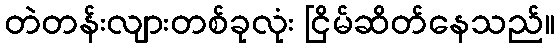
တဲတန်းလျားတစ်ခုလုံး ငြိမ်ဆိတ်နေသည်။